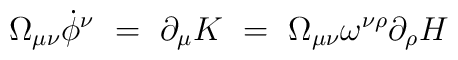
\Omega_{\mu\nu} \dot\phi^\nu ~=~ \partial_\mu K ~=~ \Omega_{\mu\nu}\omega^{\nu\rho} \partial_\rho H